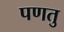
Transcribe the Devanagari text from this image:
पणतु